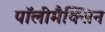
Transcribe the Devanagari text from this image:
पॉलीमैक्सिन